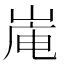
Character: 𪨿